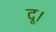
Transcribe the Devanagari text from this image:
दू।